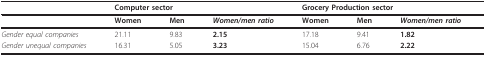
|  | <COLSPAN=3> Computer sector | <COLSPAN=3> Grocery Production sector |
 | --- | --- | --- | --- | --- | --- | --- |
 |  | Women | Men | Women/men ratio | Women | Men | Women/men ratio |
 | Gender equal companies | 21.11 | 9.83 | 2.15 | 17.18 | 9.41 | 1.82 |
 | Gender unequal companies | 16.31 | 5.05 | 3.23 | 15.04 | 6.76 | 2.22 |